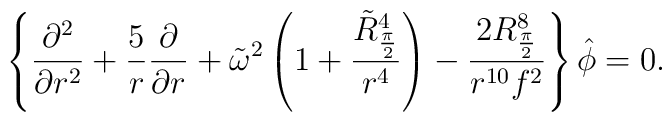
\left \{{\partial^2 \over {\partial r^2}}   +{ 5 \over r} {\partial \over {\partial r }}   +\tilde\omega^2 \left (1 + {{ \tilde R_{\pi\over 2}^4} \over r^4 } \right )   - {{  2 R_{\pi\over 2}^8 } \over {r^{10} f^2}} \right \} \hat \phi = 0.